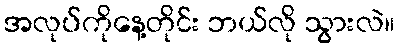
အလုပ်ကိုနေ့တိုင်း ဘယ်လို သွားလဲ။